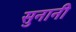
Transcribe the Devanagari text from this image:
सुनानी